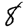
Digit: 8